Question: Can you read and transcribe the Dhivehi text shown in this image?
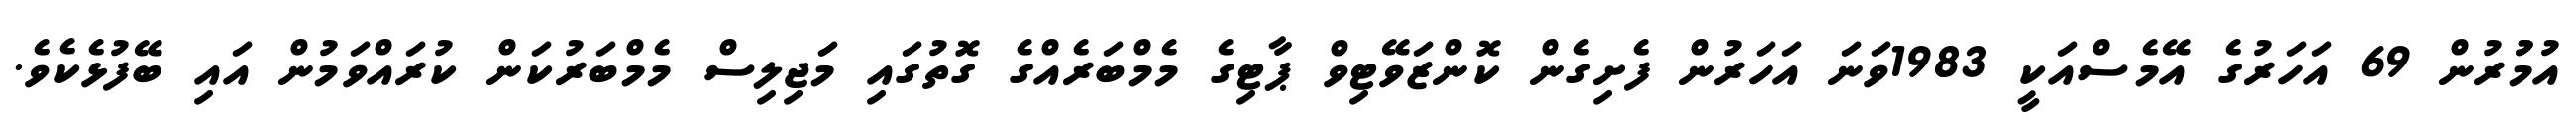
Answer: އުމުުރުން 69 އަހަރުގެ އޭމެސްއަކީ 1983ވަނަ އަހަރުން ފެށިގެން ކޮންޒަވޭޓިވް ޕާޓިގެ މެމްބަރެއްގެ ގޮތުގައި މަޖިލިސް މެމްބަރުކަން ކުރައްވަމުން އައި ބޭފުޅެކެވެ.